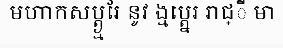
មហាកសប្ត្ង្មរែ នូវ ង្មប្ត្នេរ រាជ្ី មា